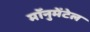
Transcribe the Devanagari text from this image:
मॉनुमेंटेल